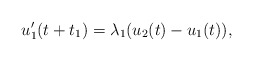
\begin{align*}u_1'(t+t_1)=\lambda_1(u_{2}(t)-u_1(t)),\end{align*}